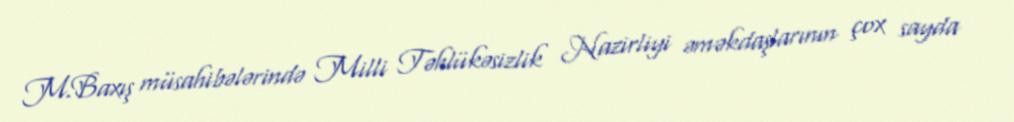
M.Baxış müsahibələrində Milli Təhlükəsizlik Nazirliyi əməkdaşlarının çox sayda